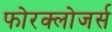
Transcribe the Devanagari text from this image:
फोरक्लोजर्स